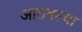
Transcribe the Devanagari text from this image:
आठवल्या